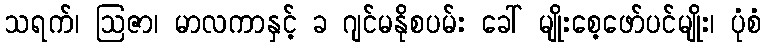
သရက်၊ ဩဇာ၊ မာလကာနှင့် ခ ဂျင်မနိုစပမ်း ခေါ် မျိုးစေ့ဖော်ပင်မျိုး၊ ပုံစံ